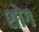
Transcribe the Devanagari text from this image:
शोग